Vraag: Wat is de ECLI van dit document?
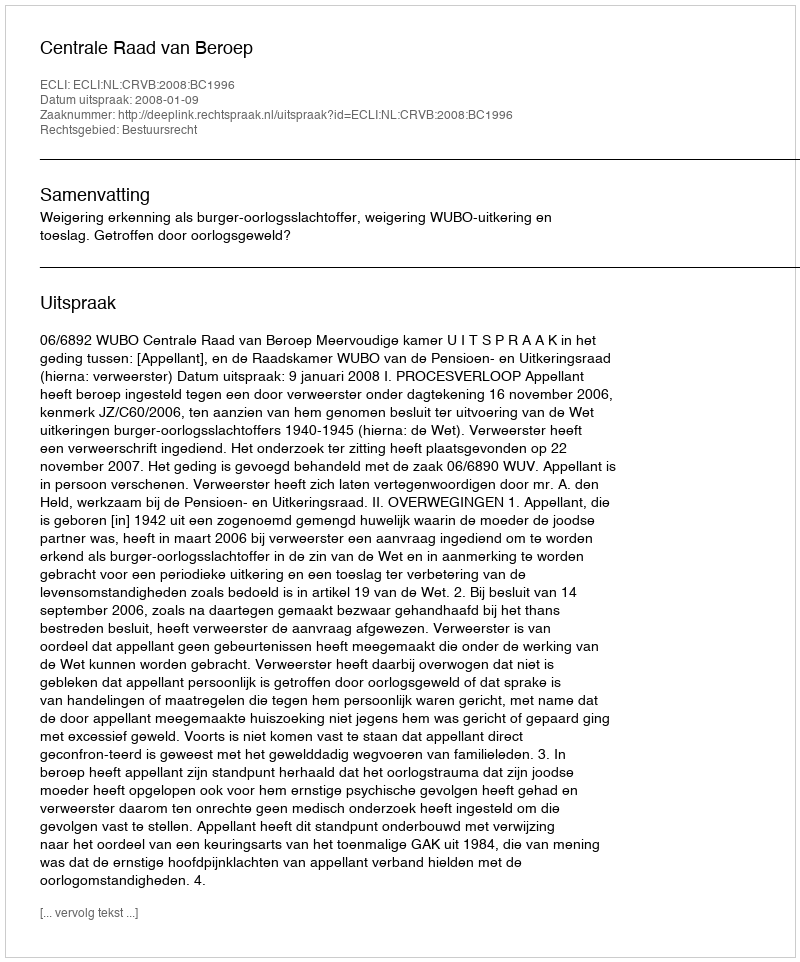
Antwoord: ECLI:NL:CRVB:2008:BC1996